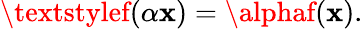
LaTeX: \textstylef(\alpha\mathbf{x})=\alphaf(\mathbf{x}).